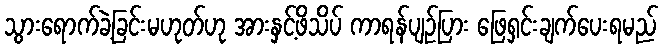
သွားရောက်ခဲ့ခြင်းမဟုတ်ဟု အားနှင့်ဖိသိပ် ကာရန်ပျဉ်ပြား ဖြေရှင်းချက်ပေးရမည်